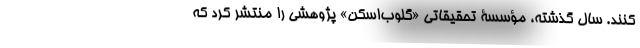
کنند. سال گذشته، مؤسسۀ تحقیقاتی «گلوب‌اسکن» پژوهشی را منتشر کرد که